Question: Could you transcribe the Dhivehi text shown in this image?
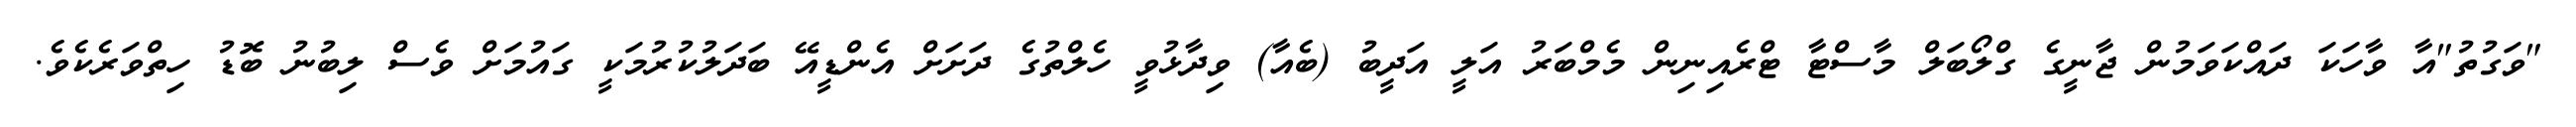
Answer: "ވަގުތު"އާ ވާހަކަ ދައްކަވަމުން ޖާނީގެ ގްލޯބަލް މާސްޓާ ޓްރެއިނިން މެމްބަރު އަލީ އަދީބު (ބެއާ) ވިދާޅުވީ ހެލްތުގެ ދަށަށް އެންޑީއޭ ބަދަލުކުރުމަކީ ގައުމަށް ވެސް ލިބުނު ބޮޑު ހިތްވަރެކެވެ.